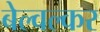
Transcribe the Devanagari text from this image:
बेल्वल्कर